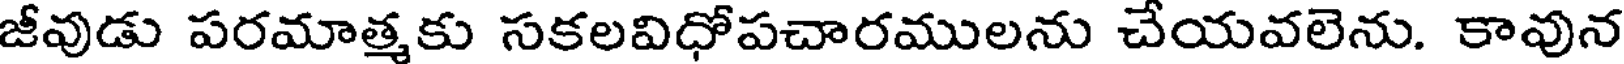
జీవుడు పరమాత్మకు సకలవిధోపచారములను చేయవలెను. కావున